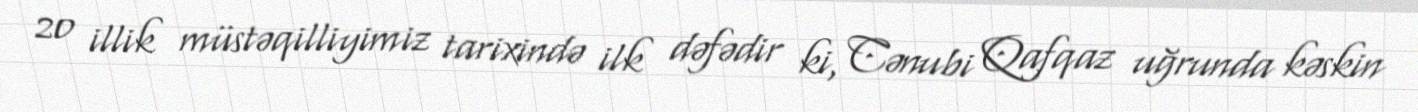
20 illik müstəqilliyimiz tarixində ilk dəfədir ki, Cənubi Qafqaz uğrunda kəskin